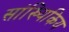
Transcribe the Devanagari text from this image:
सांख्यिकिय